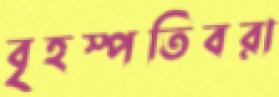
বৃহস্পতিবরা